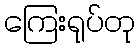
ကြေးရုပ်တု